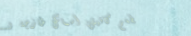
مطعم كافيش: أسماك طازجة و